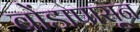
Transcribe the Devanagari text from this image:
बोंडापासून